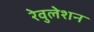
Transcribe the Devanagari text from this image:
रेवुलेशन